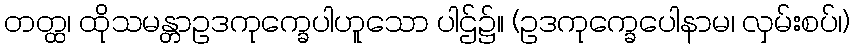
တတ္ထ၊ ထိုသမန္တာဥဒကုက္ခေပါဟူသော ပါဌ်၌။ (ဥဒကုက္ခေပေါနာမ၊ လှမ်းစပ်၊)